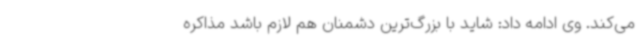
می‌کند. وی ادامه داد: شاید با بزرگ‌ترین دشمنان هم لازم باشد مذاکره